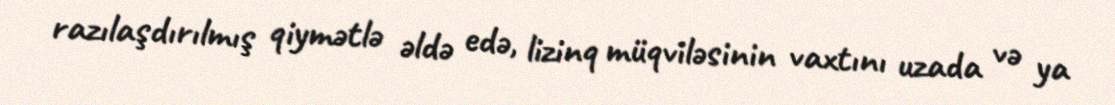
razılaşdırılmış qiymətlə əldə edə, lizinq müqviləsinin vaxtını uzada və ya